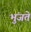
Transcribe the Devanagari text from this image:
भुंजते